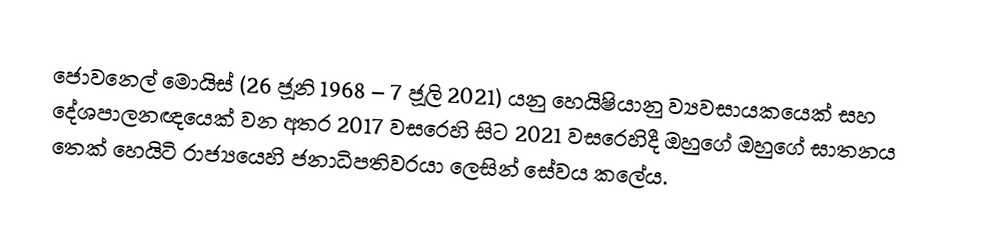
ජොවනෙල් මොයිස් (26 ජූනි 1968 – 7 ජූලි 2021) යනු  හෙයිෂියානු  ව්‍යවසායකයෙක් සහ දේශපාලනඥයෙක් වන අතර 2017 වසරෙහි සිට 2021 වසරෙහිදී ඔහුගේ  ඔහුගේ ඝාතනය තෙක් හෙයිටි රාජ්‍යයෙහි ජනාධිපතිවරයා ලෙසින් සේවය කලේය.